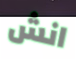
انش